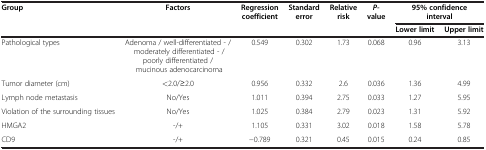
| <ROWSPAN=2> Group | <ROWSPAN=2> Factors | <ROWSPAN=2> Regression coefficient | <ROWSPAN=2> Standard error | <ROWSPAN=2> Relative risk | <ROWSPAN=2> P-value | <COLSPAN=2> 95% confidence interval |
 | Lower limit | Upper limit |
 | --- | --- | --- | --- | --- | --- | --- | --- |
 | Pathological types | Adenoma / well-differentiated - / moderately differentiated - / poorly differentiated / mucinous adenocarcinoma | 0.549 | 0.302 | 1.73 | 0.068 | 0.96 | 3.13 |
 | Tumor diameter (cm) | <2.0/≥2.0 | 0.956 | 0.332 | 2.6 | 0.036 | 1.36 | 4.99 |
 | Lymph node metastasis | No/Yes | 1.011 | 0.394 | 2.75 | 0.033 | 1.27 | 5.95 |
 | Violation of the surrounding tissues | No/Yes | 1.025 | 0.384 | 2.79 | 0.023 | 1.31 | 5.92 |
 | HMGA2 | -/+ | 1.105 | 0.331 | 3.02 | 0.018 | 1.58 | 5.78 |
 | CD9 | -/+ | −0.789 | 0.321 | 0.45 | 0.015 | 0.24 | 0.85 |